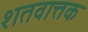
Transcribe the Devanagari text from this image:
शतवात्तक